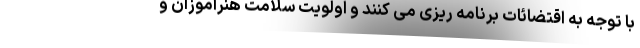
با توجه به اقتضائات برنامه ریزی می کنند و اولویت سلامت هنرآموزان و